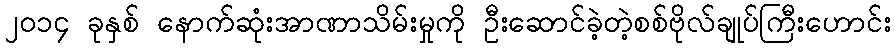
၂၀၁၄ ခုနှစ် နောက်ဆုံးအာဏာသိမ်းမှုကို ဦးဆောင်ခဲ့တဲ့စစ်ဗိုလ်ချုပ်ကြီးဟောင်း